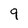
Character: 9